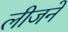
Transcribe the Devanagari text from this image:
लीजने